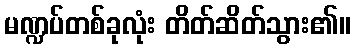
မဏ္ဍပ်တစ်ခုလုံး တိတ်ဆိတ်သွား၏။